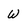
Character: w